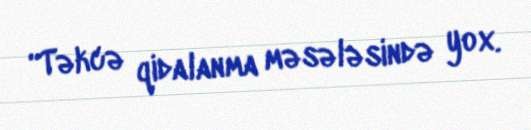
“Təkcə qidalanma məsələsində yox.